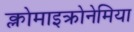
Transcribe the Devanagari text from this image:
क्लोमाइक्रोनेमिया